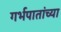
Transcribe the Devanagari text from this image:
गर्भपातांच्या